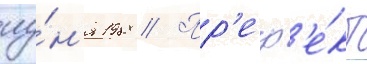
иу́н'я 1988 // Пр'еф'е́кт